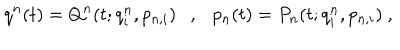
q ^ { n } ( t ) = Q ^ { n } ( t ; q _ { i } ^ { n } , p _ { n , i } ) \ \ \ , \ \ \ p _ { n } ( t ) = P _ { n } ( t ; q _ { i } ^ { n } , p _ { n , i } ) \ ,